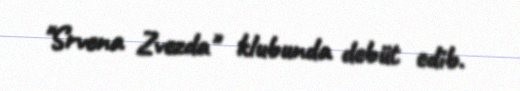
"Srvena Zvezda" klubunda debüt edib.